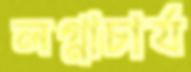
লগ্নাচার্য